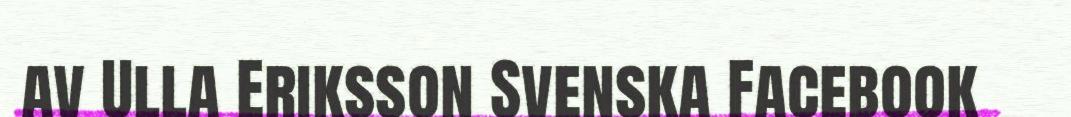
av Ulla Eriksson Svenska Facebook